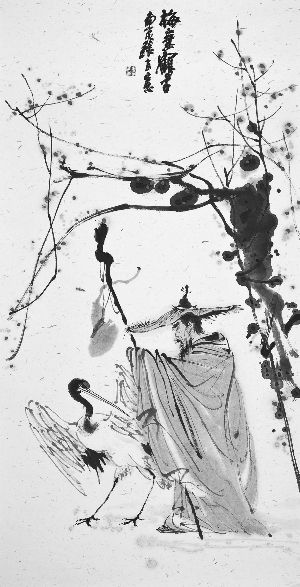
望时而待之，孰与应时而使之。